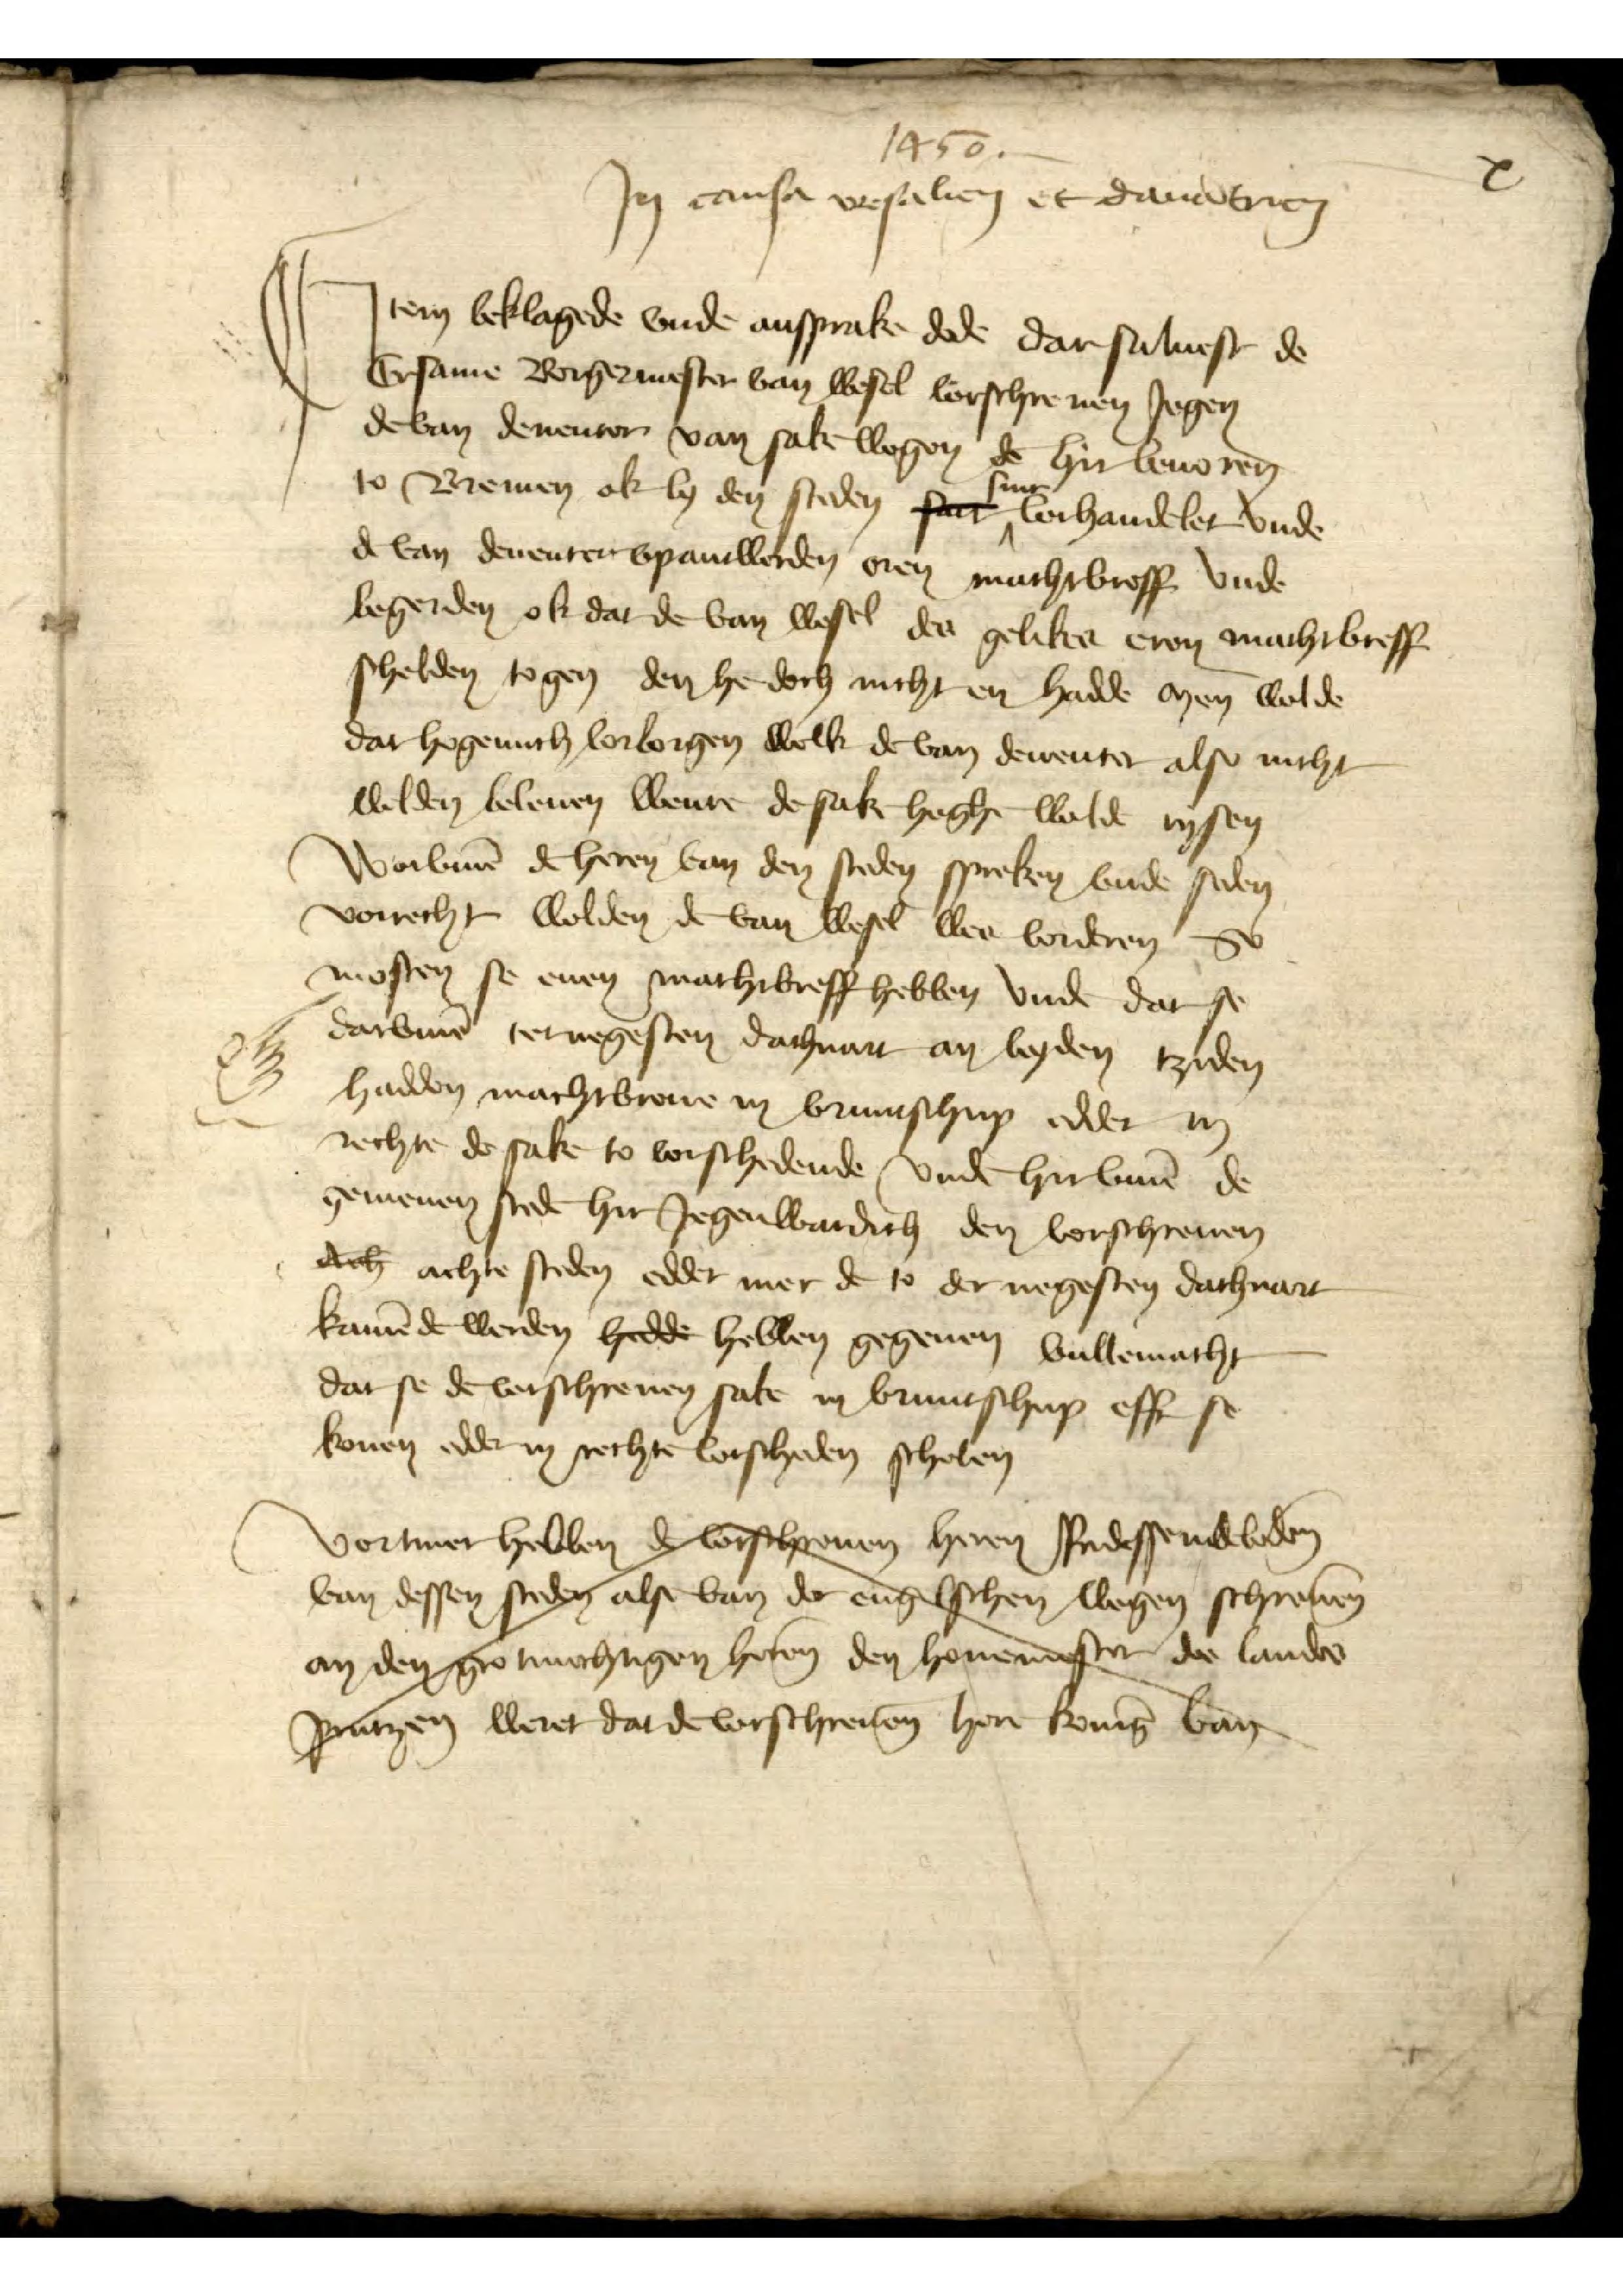
X

1450
Jn cansa wesalien et dauātrien
Jtem beklagede vnde ansprake dede dar suluest de
Ersame Borgermester van Wesel vorschreuen Jegen
de van Deuenter van sake wegen de hir beuoren
to Bremen ok by den steden sact siner vorhandelet vnde
de van Deuenter vpantworden oren machtbreff vnde
begerden ok dar de van Wesel de gelikes eren machtbreff
scholden togen den he doch nicht en hadde men wolde
dar hoge nuch vorborgen welk de van Deuenter also nicht
wolden beleuen wente de sake hoghe wolde rysen
Worv̄me de heren van den steden spreken vnde sedem
vorrecht wolden de van Wesel wes vorderen So
mosten se enen machtbreff hebben vnde dat se
darv̄me tor negesten dachuat an beyden tziden
hadden machtbreue in vruntschup edder in
rechte de sake to vorschedende vnde hirv̄me de
gemenen stede hir Jegenwardich den vorschreuen
dech achte steden edder mer de so der negesten dachuart
kamēde de werden hedde hebben gegeuen vullemacht
dar se de vorschreuen sake in vruntschop efft se
konen edder in rechte vorscheden scholen
Vormer hebben de vschenen heren Radessenbebeen
van dessen stden alse van der engelschen lesen schuēnen
an den go mochiigen hesen den homendes de lanes
Jrlaiten leret da de vorschresen her kenīg Bat